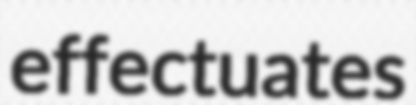
effectuates